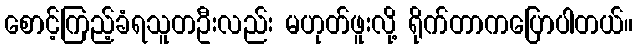
စောင့်ကြည့်ခံရသူတဦးလည်း မဟုတ်ဖူးလို့ ရိုက်တာကပြောပါတယ်။